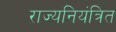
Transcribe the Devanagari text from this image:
राज्यनियंत्रित